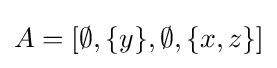
A=[\emptyset ,\{y\},\emptyset ,\{x,z\}]